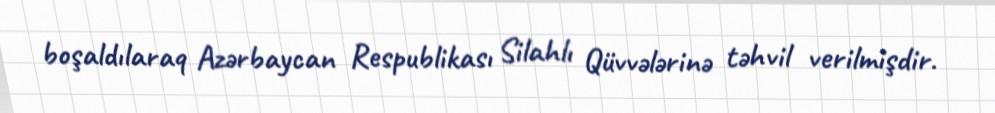
boşaldılaraq Azərbaycan Respublikası Silahlı Qüvvələrinə təhvil verilmişdir.